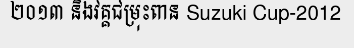
២០១៣ និងវគ្គជម្រុះពាន Suzuki Cup-2012